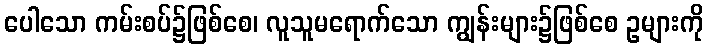
ပေါသော ကမ်းစပ်၌ဖြစ်စေ၊ လူသူမရောက်သော ကျွန်းများ၌ဖြစ်စေ ဥများကို